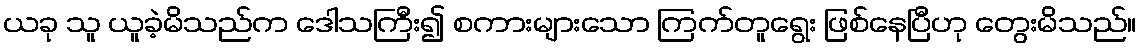
ယခု သူ ယူခဲ့မိသည်က ဒေါသကြီး၍ စကားများသော ကြက်တူရွေး ဖြစ်နေပြီဟု တွေးမိသည်။